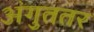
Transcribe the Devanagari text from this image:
अंगुततर